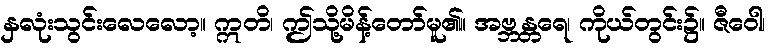
နှလုံးသွင်းလေလော့။ ဣတိ၊ ဤသို့မိန့်တော်မူ၏။ အဗ္ဘန္တရေ၊ ကိုယ်တွင်း၌။ ဇီဝေါ၊